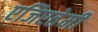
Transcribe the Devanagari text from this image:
एजिएतेमी